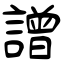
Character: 譄